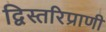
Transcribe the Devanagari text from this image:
द्विस्तरिप्राणी